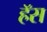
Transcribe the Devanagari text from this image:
हॅस